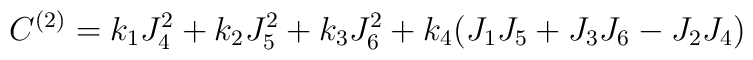
C^{(2)}=k_1J_4^2+k_2J_5^2+k_3J_6^2+k_4(J_1J_5+J_3J_6-J_2J_4)